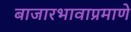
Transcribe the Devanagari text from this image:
बाजारभावाप्रमाणे